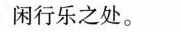
闲行乐之处。